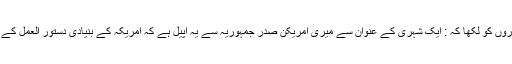
اسکے بعد اس کتاب کے انتشارات کے مدیر جوہن سرجنٹ (John Sargent نے واضح طور پر اپنے متعلقہ اہلکاروں کو لکھا کہ : ایک شہری کے عنوان سے میری امریکن صدر جمہوریہ سے یہ اپیل ہے کہ امریکہ کے بنیادی دستور العمل کے محافظ ہونے کی حیثیت سے صحافت کی قدروں اور اظہارے رائے کی آزادی کو سمجھیں اور اسکی پاسداری کریں۔